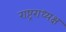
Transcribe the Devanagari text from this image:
राष्ट्रराध्यक्ष